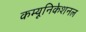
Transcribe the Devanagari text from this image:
कम्यूनिकेशनल